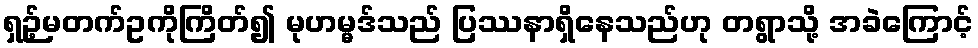
ရှဉ့်မတက်ဥကိုကြိတ်၍ မုဟမ္မဒ်သည် ပြဿနာရှိနေသည်ဟု တရွာသို့ အခဲကြောင့်